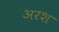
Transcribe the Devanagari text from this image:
अरश